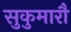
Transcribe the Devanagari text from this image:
सुकुमारौ